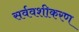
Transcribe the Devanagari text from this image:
सर्ववशीकरण